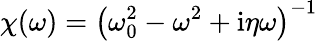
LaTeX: \chi(\omega)=\left(\omega_{0}^{2}-\omega^{2}+\mathrm{i}\eta\omega\right)^{-1}